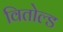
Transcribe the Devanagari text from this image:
वितोल्ड